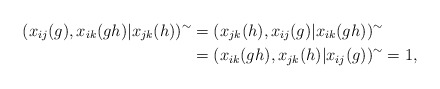
\begin{align*}(x_{ij}(g),x_{ik}(gh) \vert x_{jk}(h))^\sim&=( x_{jk}(h),x_{ij}(g)\vert x_{ik}(gh))^\sim\endline&=(x_{ik}(gh), x_{jk}(h)\vert x_{ij}(g))^\sim=1,\end{align*}